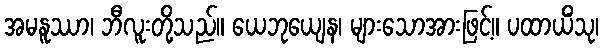
အမနူဿာ၊ ဘီလူးတို့သည်။ ယေဘုယျေန၊ များသောအားဖြင့်။ ပထာယိံသု၊